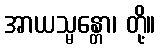
အာယသ္မန္တော၊ တို့။